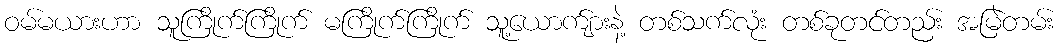
ဝမ်မယားဟာ သူကြိုက်ကြိုက် မကြိုက်ကြိုက် သူ့ယောက်ျားနဲ့ တစ်သက်လုံး တစ်ခုတင်တည်း အမြဲတမ်း